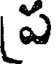
ప